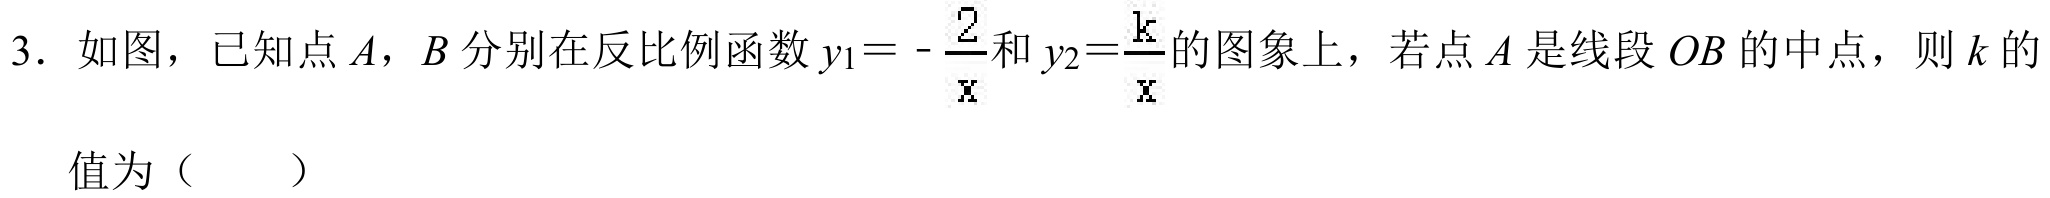
3. 如图，已知点\(A\)，\(B\)分别在反比例函数\(y_{1}=-\frac{2}{x}\)和\(y_{2}=\frac{k}{x}\)的图象上，若点\(A\)是线段\(OB\)的中点，则\(k\)的
值为（  ）